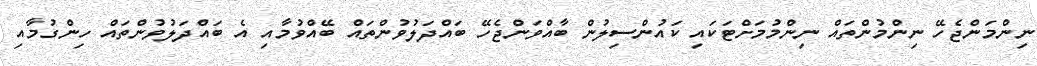
ނިންމަންޖެހޭ ނިންމުންތައް ނިންމުމަށްޓަކައި ކައުންސިލުން ބާއްވަންޖެހޭ ބައްދަލުވުންތައް ބޭއްވުމާއި އެ ބައްދަލުވުންތައް ހިންގުމާއި